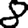
Digit: 8